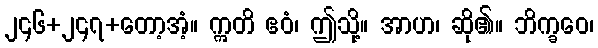
၂၄၆+၂၄၇+တော့အံ့။ ဣတိ ဧဝံ၊ ဤသို့။ အာဟ၊ ဆို၏။ ဘိက္ခဝေ၊